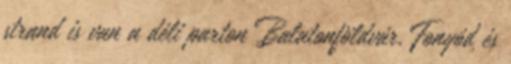
strand is van a déli parton Balatonföldvár, Fonyód és